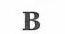
B